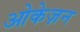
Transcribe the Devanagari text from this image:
ओकेज़न